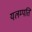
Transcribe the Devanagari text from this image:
यलम्पति